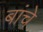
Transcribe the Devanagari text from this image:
बांचे